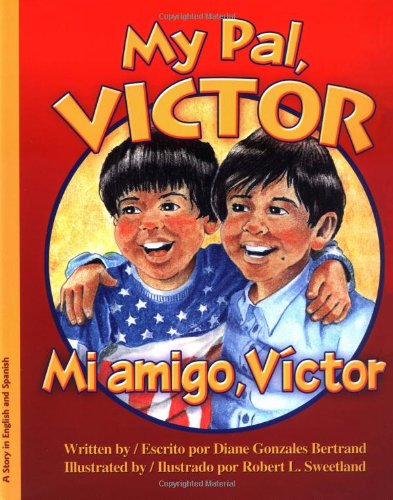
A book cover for My Pal Victor:Mi Amigo Victor; Diane Bertrand; Health, Fitness & Dieting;